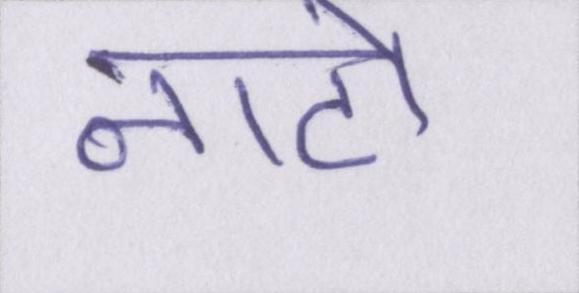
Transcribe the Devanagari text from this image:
नाटो